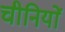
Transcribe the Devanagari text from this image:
चीनियाें